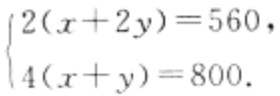
\[\begin{cases}2(x + 2y)=560,\\4(x + y)=800.\end{cases}\]